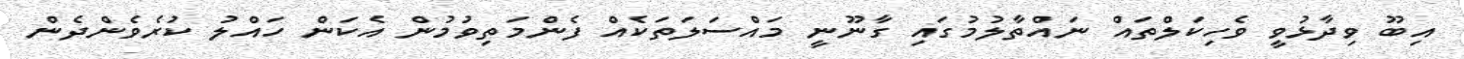
އިބޫ ވިދާޅުވީ ވެހިކަލްތައް ނައްތާލުމުގައި ގާނޫނީ މައްސަލަތަކެއް ފެންމަތިވުމުން އެކަން ހައްލު ކުރެވެންދެން